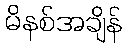
မိနစ်အချိန်